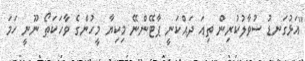
"އަޅުގަނޑު ސުވާލުކުރިން ތިއަ ދައްކަނީ ޕާޓޭންނޭ މިކިޔާ މީހުންގެ ވާހަކަތޯ ނޫނީ ހަމަ